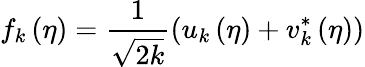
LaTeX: f_{k}\left(\eta\right)=\frac{1}{\sqrt{2k}}\left(u_{k}\left(\eta\right)+v_{k}^{\ast}\left(\eta\right)\right)